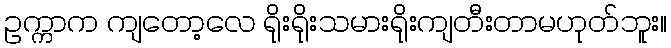
ဥက္ကာက ကျတော့လေ ရိုးရိုးသမားရိုးကျတီးတာမဟုတ်ဘူး။